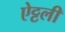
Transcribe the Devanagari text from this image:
ऐट्टली